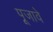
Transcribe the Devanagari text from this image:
पूजावे